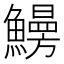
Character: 𩻠